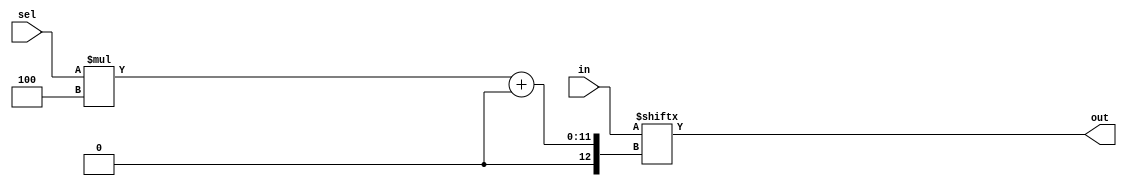
module top_module( 
    input [1023:0] in,
    input [7:0] sel,
    output [3:0] out );
    
    // verilog 2001
    assign out = in[sel * 4 +:4];

endmodule